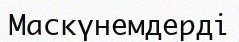
Маскүнемдерді